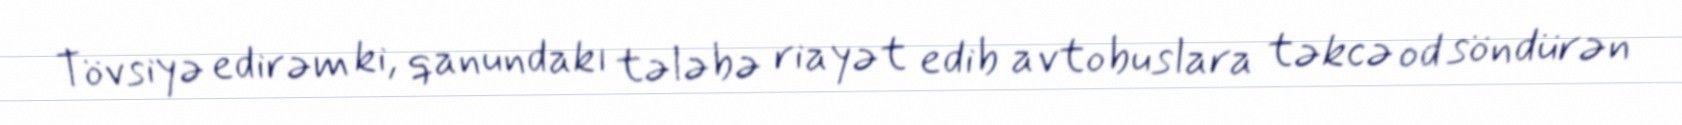
Tövsiyə edirəm ki, qanundakı tələbə riayət edib avtobuslara təkcə od söndürən